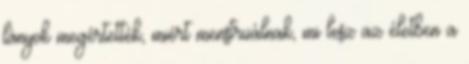
lányok megértették, miért menstruálnak, mi lesz az életben a